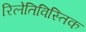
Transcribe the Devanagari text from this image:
रिलेतिविस्तिक